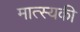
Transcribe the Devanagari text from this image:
मात्स्यकी